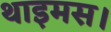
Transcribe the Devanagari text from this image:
थाइमस।